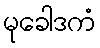
မုခေါဒကံ